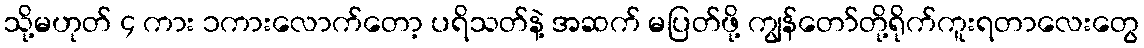
သို့မဟုတ် ၄ ကား ၁ကားလောက်တော့ ပရိသတ်နဲ့ အဆက် မပြတ်ဖို့ ကျွန်တော်တို့ရိုက်ကူးရတာလေးတွေ